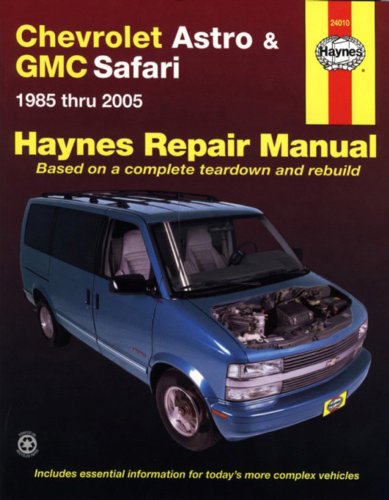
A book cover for Chevrolet Astro & GMC Safari: 1985 thru 2005 (Haynes Repair Manual); Ken Freund; Engineering & Transportation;